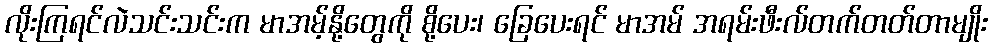
လိုးကြရင်လဲသင်းသင်းက မာအမ့်နို့တွေကို စို့ပေး၊ ခြေပေးရင် မာအမ် အရမ်းဖီးလ်တက်တတ်တာမျိုး